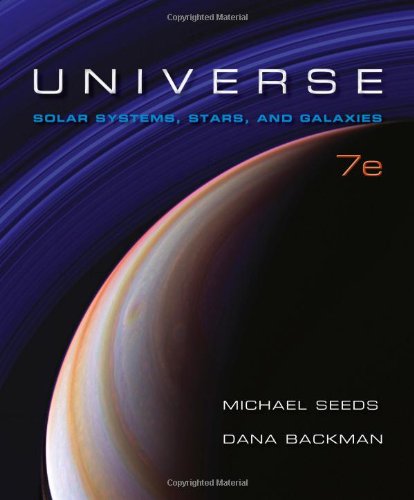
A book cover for Universe: Solar System, Stars, and Galaxies; Michael A. Seeds; Science & Math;